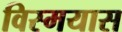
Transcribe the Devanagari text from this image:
विस्मयास